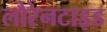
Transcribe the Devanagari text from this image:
लौरेनटाइड